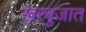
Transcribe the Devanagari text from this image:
खरबुजात